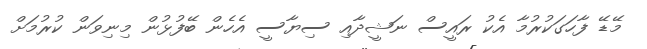
މޭޑޭ ފާހަގަކުރުމާ އެކު ރައީސް ނަޝީދާއި ސިޔާސީ އެހެން ބޭފުޅުން މިނިވަން ކުރުމަށް